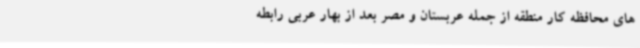
های محافظه کار منطقه از جمله عربستان و مصر بعد از بهار عربی رابطه